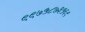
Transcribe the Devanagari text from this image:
९९७५८७३५६९